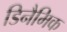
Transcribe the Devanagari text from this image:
डिनैमिक